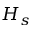
H _ { s }